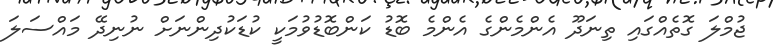
ޖުމްލަ ގޮތެއްގައި ތިނަދޫ އެންމެންގެ އެންމެ ބޮޑު ކަންބޮޑުވުމަކީ ކުޑަކުދިންނަށް ނުނިދޭ މައްސަލަ